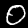
Label: 0